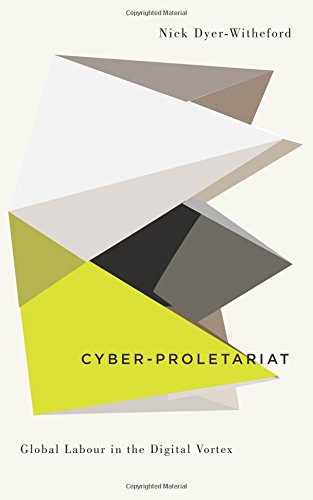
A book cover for Cyber-Proletariat: Global Labour in the Digital Vortex (Digitial Barricades: Interventions in Digital Cutlure and Politics); Nick Dyer-Witheford; Computers & Technology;